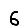
Digit: 6